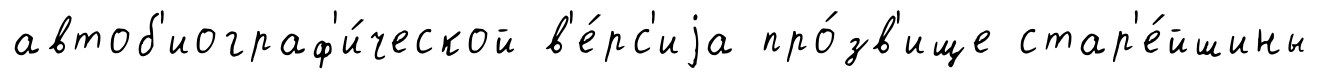
автоб'иограф'и́ческой в'е́рс'иjа про́зв'ище стар'е́йшины